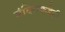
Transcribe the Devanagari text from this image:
मंदिराकडेही